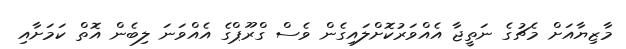
މާޒިޔާއަށް މެޗުގެ ނަތީޖާ އެއްވަރުކޮށްލައިގެން ވެސް ގްރޫޕްގެ އެއްވަނަ ލިބެން އޮތް ކަމަށާއި